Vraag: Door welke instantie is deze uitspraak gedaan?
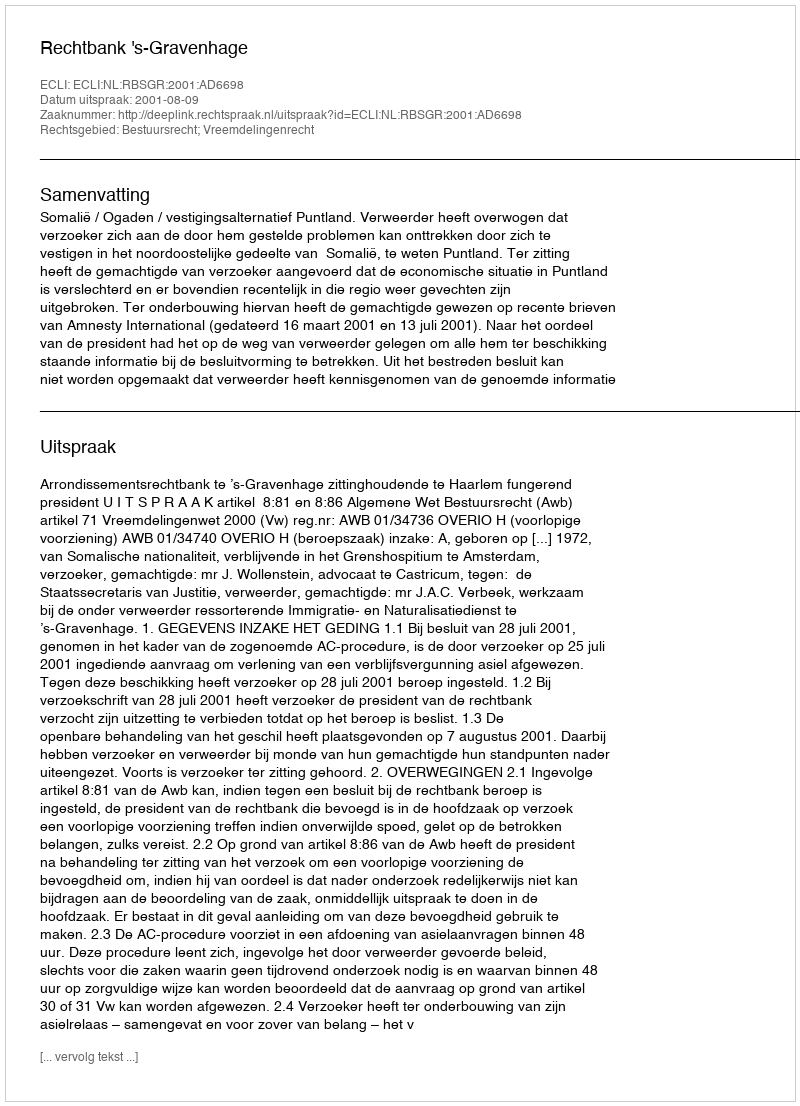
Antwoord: Rechtbank 's-Gravenhage